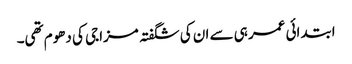
ابتدائی عمر ہی سے ان کی شگفتہ مزاجی کی دھوم تھی۔